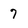
Character: 7